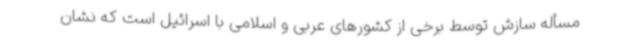
مسأله سازش توسط برخی از کشورهای عربی و اسلامی با اسرائیل است که نشان